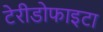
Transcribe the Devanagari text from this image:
टेरीडोफाइटा